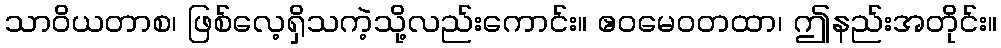
သာဝိယတာစ၊ ဖြစ်လေ့ရှိသကဲ့သို့လည်းကောင်း။ ဧဝမေဝတထာ၊ ဤနည်းအတိုင်း။